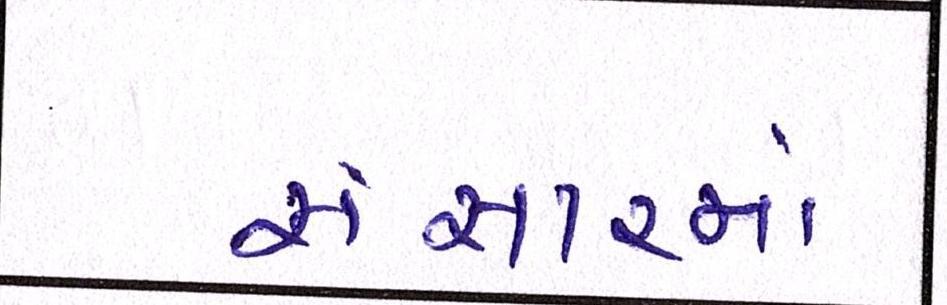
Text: સંસારમાં